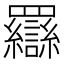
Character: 羉